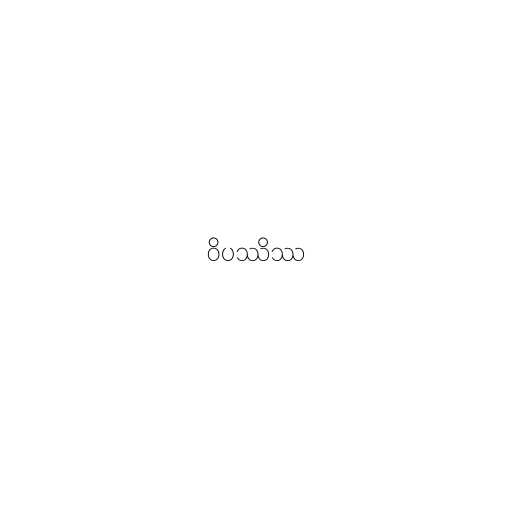
ဝိပဿိဿ